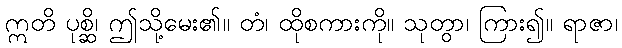
ဣတိ ပုစ္ဆိ၊ ဤသို့မေး၏။ တံ၊ ထိုစကားကို။ သုတွာ၊ ကြား၍။ ရာဇာ၊